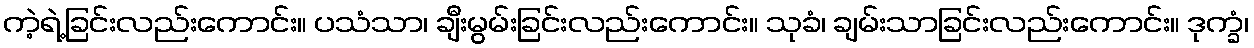
ကဲ့ရဲ့ခြင်းလည်းကောင်း။ ပသံသာ၊ ချီးမွမ်းခြင်းလည်းကောင်း။ သုခံ၊ ချမ်းသာခြင်းလည်းကောင်း။ ဒုက္ခံ၊